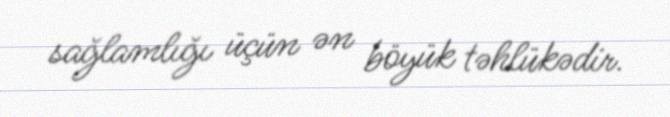
sağlamlığı üçün ən böyük təhlükədir.